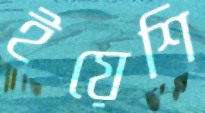
ইয়েশি